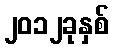
၂၀၁၂ခုနှစ်